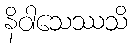
နိဝါသေဿသိ